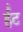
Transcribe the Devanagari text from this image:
र्हँट